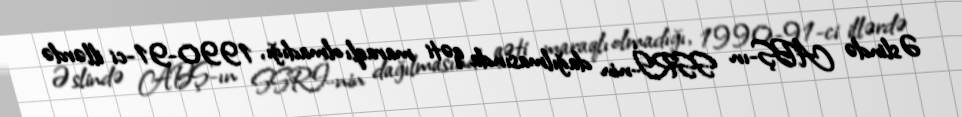
Əslində ABŞ-ın SSRİ-nin dağılmasında qəti maraqlı olmadığı, 1990-91-ci illərdə